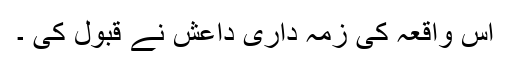
اس واقعہ کی زمہ داری داعش نے قبول کی ۔